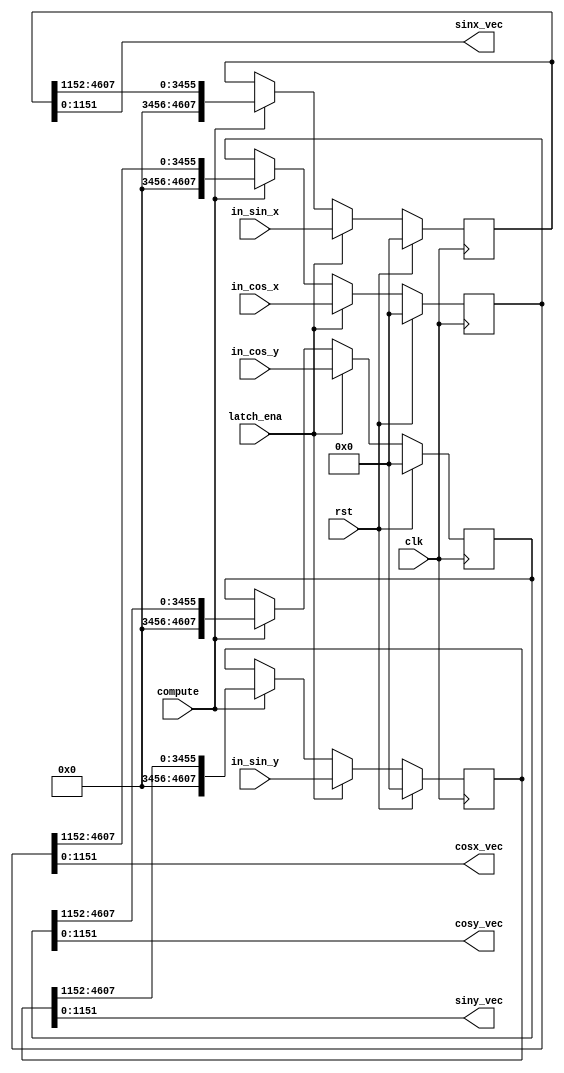
module Rotation_VecSplit(clk, rst,  latch_ena, compute, in_cos_x, in_sin_x, in_cos_y, in_sin_y, 
			cosx_vec, sinx_vec, cosy_vec, siny_vec);

parameter BW_TRIGONOMETRY = 9; // [6 bit integer. BW_TRIGONOMETRY-6 bit fraction] -18 to 18

input clk;
input rst;
input latch_ena;
input compute;

input  [512*BW_TRIGONOMETRY-1:0] in_cos_x;
input  [512*BW_TRIGONOMETRY-1:0] in_sin_x;
input  [512*BW_TRIGONOMETRY-1:0] in_cos_y;
input  [512*BW_TRIGONOMETRY-1:0] in_sin_y;

output [128*BW_TRIGONOMETRY-1:0] cosx_vec;
output [128*BW_TRIGONOMETRY-1:0] sinx_vec;
output [128*BW_TRIGONOMETRY-1:0] cosy_vec;
output [128*BW_TRIGONOMETRY-1:0] siny_vec;

reg  [512*BW_TRIGONOMETRY-1:0]	cosx_reg;
reg  [512*BW_TRIGONOMETRY-1:0] 	sinx_reg;
reg  [512*BW_TRIGONOMETRY-1:0]	cosy_reg;
reg  [512*BW_TRIGONOMETRY-1:0]	siny_reg;

always @(posedge clk) begin
	if(rst) begin
		cosx_reg <= {(512*BW_TRIGONOMETRY){1'b0}};
		sinx_reg <= {(512*BW_TRIGONOMETRY){1'b0}};
		cosy_reg <= {(512*BW_TRIGONOMETRY){1'b0}};
		siny_reg <= {(512*BW_TRIGONOMETRY){1'b0}};
		end
	else if (latch_ena) begin
		cosx_reg <= in_cos_x;
		sinx_reg <= in_sin_x;
		cosy_reg <= in_cos_y;
		siny_reg <= in_sin_y;
		end
   else if (compute) begin
		cosx_reg <= {{(128*BW_TRIGONOMETRY){1'b0}}, cosx_reg[512*BW_TRIGONOMETRY-1:128*BW_TRIGONOMETRY]};
		sinx_reg <= {{(128*BW_TRIGONOMETRY){1'b0}}, sinx_reg[512*BW_TRIGONOMETRY-1:128*BW_TRIGONOMETRY]};
		cosy_reg <= {{(128*BW_TRIGONOMETRY){1'b0}}, cosy_reg[512*BW_TRIGONOMETRY-1:128*BW_TRIGONOMETRY]};
		siny_reg <= {{(128*BW_TRIGONOMETRY){1'b0}}, siny_reg[512*BW_TRIGONOMETRY-1:128*BW_TRIGONOMETRY]};
		end
end

assign cosx_vec = cosx_reg[128*BW_TRIGONOMETRY-1:0];
assign sinx_vec = sinx_reg[128*BW_TRIGONOMETRY-1:0];
assign cosy_vec = cosy_reg[128*BW_TRIGONOMETRY-1:0];
assign siny_vec = siny_reg[128*BW_TRIGONOMETRY-1:0];

endmodule